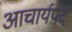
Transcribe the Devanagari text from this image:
आचार्यपद